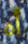
أه